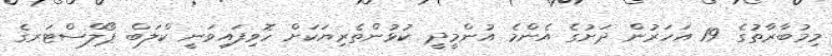
މިމުބާރާތުގެ 19 އަހަރުން ދަށުގެ އެންމެ އުންމީދީ ކުޅުންތެރިޔަކަށް ހޮވިފައިވަނީ ކްލަބް ޕޯލްސްޓަރގެ